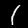
Digit: 1